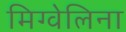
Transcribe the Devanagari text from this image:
मिग्वेलिना